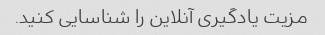
مزیت یادگیری آنلاین را شناسایی کنید.